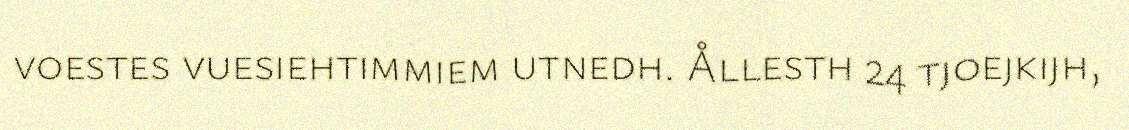
voestes vuesiehtimmiem utnedh. Ållesth 24 tjoejkijh,